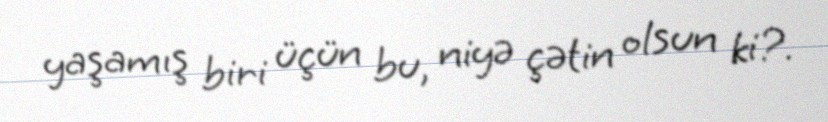
yaşamış biri üçün bu, niyə çətin olsun ki?.